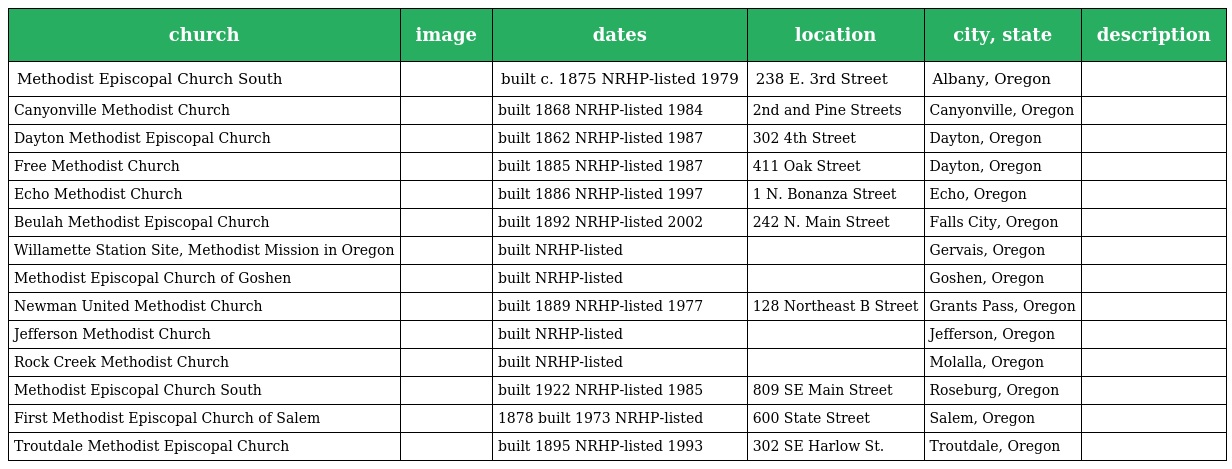
| church | image | dates | location | city, state | description |
 | --- | --- | --- | --- | --- | --- |
 | Methodist Episcopal Church South |  | built c. 1875 NRHP-listed 1979 | 238 E. 3rd Street | Albany, Oregon |  |
 | Canyonville Methodist Church |  | built 1868 NRHP-listed 1984 | 2nd and Pine Streets | Canyonville, Oregon |  |
 | Dayton Methodist Episcopal Church |  | built 1862 NRHP-listed 1987 | 302 4th Street | Dayton, Oregon |  |
 | Free Methodist Church |  | built 1885 NRHP-listed 1987 | 411 Oak Street | Dayton, Oregon |  |
 | Echo Methodist Church |  | built 1886 NRHP-listed 1997 | 1 N. Bonanza Street | Echo, Oregon |  |
 | Beulah Methodist Episcopal Church |  | built 1892 NRHP-listed 2002 | 242 N. Main Street | Falls City, Oregon |  |
 | Willamette Station Site, Methodist Mission in Oregon |  | built NRHP-listed |  | Gervais, Oregon |  |
 | Methodist Episcopal Church of Goshen |  | built NRHP-listed |  | Goshen, Oregon |  |
 | Newman United Methodist Church |  | built 1889 NRHP-listed 1977 | 128 Northeast B Street | Grants Pass, Oregon |  |
 | Jefferson Methodist Church |  | built NRHP-listed |  | Jefferson, Oregon |  |
 | Rock Creek Methodist Church |  | built NRHP-listed |  | Molalla, Oregon |  |
 | Methodist Episcopal Church South |  | built 1922 NRHP-listed 1985 | 809 SE Main Street | Roseburg, Oregon |  |
 | First Methodist Episcopal Church of Salem |  | 1878 built 1973 NRHP-listed | 600 State Street | Salem, Oregon |  |
 | Troutdale Methodist Episcopal Church |  | built 1895 NRHP-listed 1993 | 302 SE Harlow St. | Troutdale, Oregon |  |